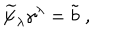
{ \widetilde \psi } _ { \lambda } \gamma ^ { \lambda } = { \tilde { b } } \; ,